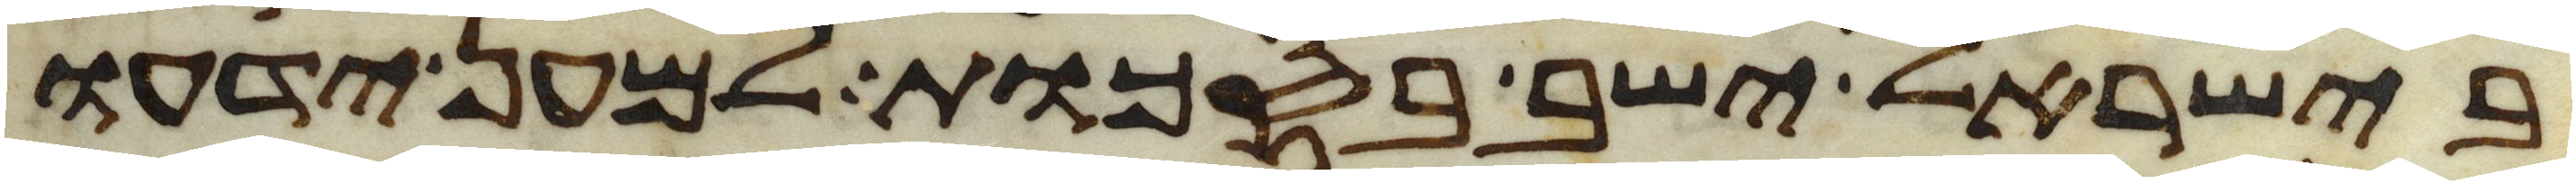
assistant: בישראל ישב בסכות למען ידעו